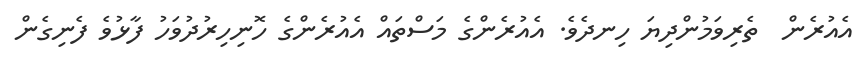
އެއުރެން  ތެރިވަމުންދިޔަ ހިނދެވެ. އެއުރެންގެ މަސްތައް އެއުރެންގެ ހޮނިހިރުދުވަހު ފާޅުވެ ފެނިގެން